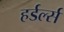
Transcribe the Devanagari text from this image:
हर्डर्ल्स